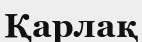
Қарлақ